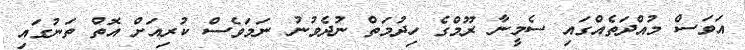
އަވަސް މުއްދަތެއްގައި ސެމީނާ ރޫމްގެ ހިދުމަތް ނުދެވުނު ނަމަވެސް ކުރިއަށް އޮތް ތަނުގައި